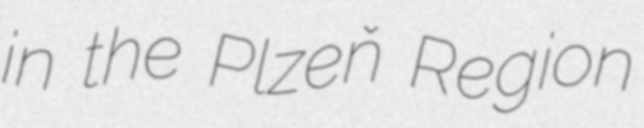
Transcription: in the Plzeň Region